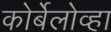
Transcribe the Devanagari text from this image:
कोर्बेलोव्हा